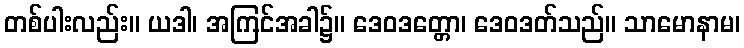
တစ်ပါးလည်း။ ယဒါ၊ အကြင်အခါ၌။ ဒေဝဒတ္တော၊ ဒေဝဒတ်သည်။ သာမောနာမ၊